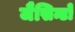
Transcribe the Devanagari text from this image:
जैसिन्टो